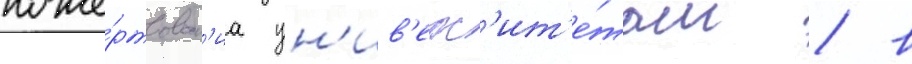
поже́ртвован'иа ун'ив'ерс'ит'е́там / в